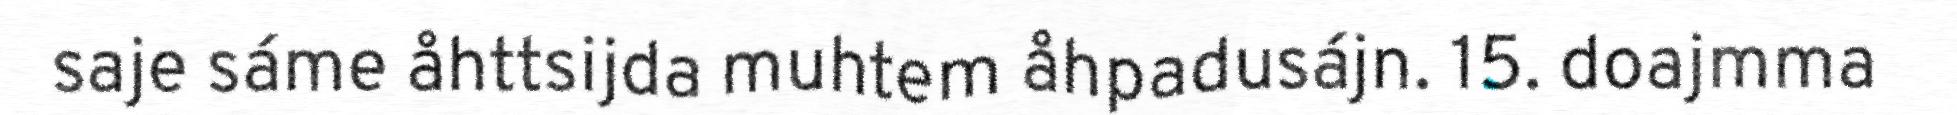
saje sáme åhttsijda muhtem åhpadusájn. 15. doajmma